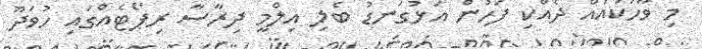
މި ވާހަކައެއް ދެއްކި ފަހުން އަޅުގަނޑު ބެލި އިލްމީ ދިރާސާ ރިޕޯޓެއްގައި ހުވަދޫ